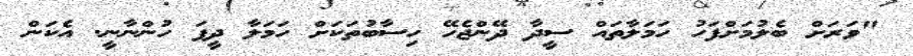
"ވަރަށް ބެލުމަށްފަހު ހަމަލާތައް ސީދާ ދޭންޖެހޭ ހިސާބުތަކަށް ހަމަލާ ދީފަ ހުންނާނީ. އެކަން